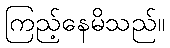
ကြည့်နေမိသည်။